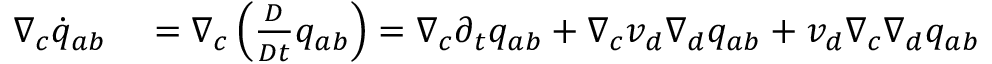
\begin{array} { r l } { \nabla _ { c } \dot { q } _ { a b } } & { { } = \nabla _ { c } \left( \frac { D } { D t } { q } _ { a b } \right) = \nabla _ { c } \partial _ { t } q _ { a b } + \nabla _ { c } v _ { d } \nabla _ { d } q _ { a b } + v _ { d } \nabla _ { c } \nabla _ { d } q _ { a b } } \end{array}